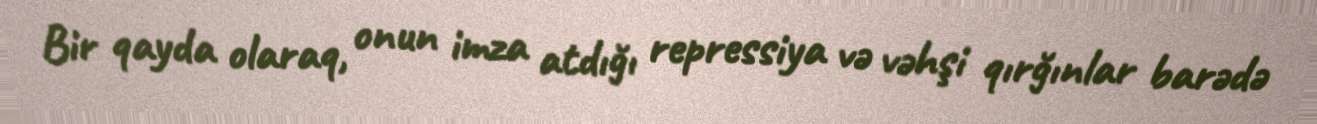
Bir qayda olaraq, onun imza atdığı repressiya və vəhşi qırğınlar barədə